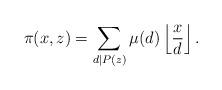
LaTeX: \begin{align*} \pi(x, z) = \sum_{d \mid P(z)} \mu(d) \left\lfloor \frac{x}{d} \right\rfloor. \end{align*}